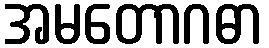
အမတောဂဓာ